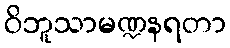
ဝိဘူသာမဏ္ဍနရတာ